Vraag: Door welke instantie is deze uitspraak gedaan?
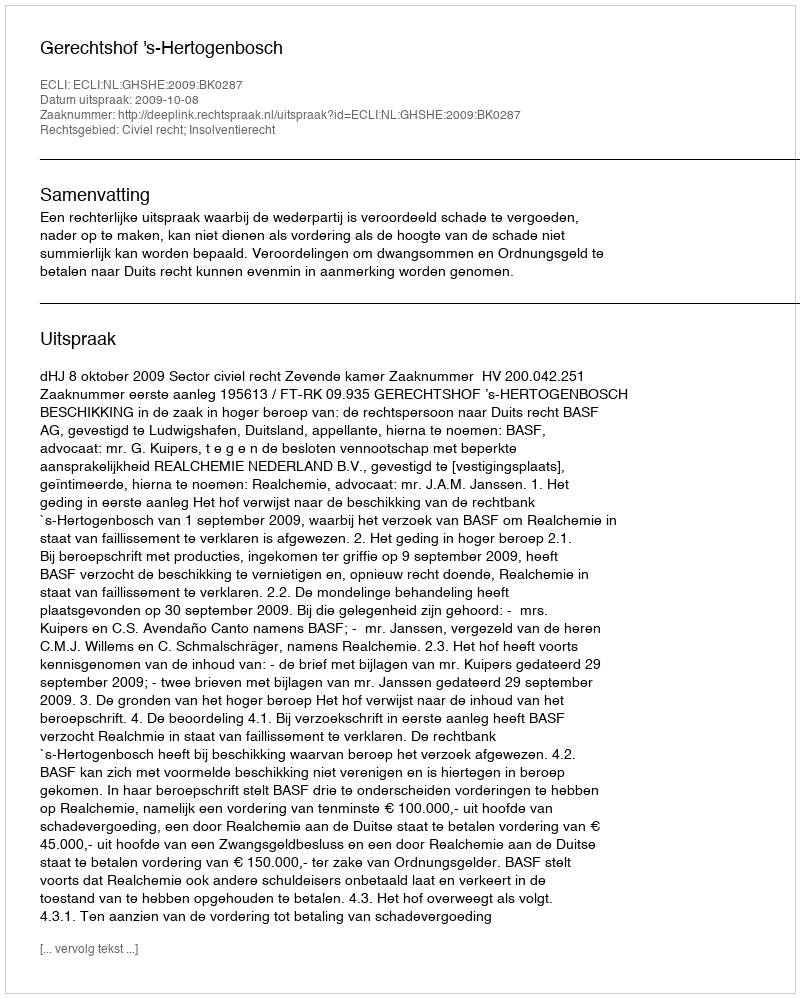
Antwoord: Gerechtshof 's-Hertogenbosch